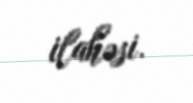
ilahəsi.